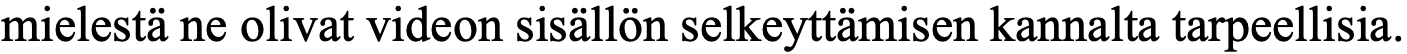
mielestä ne olivat videon sisällön selkeyttämisen kannalta tarpeellisia.